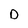
Character: O